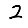
Digit: 2